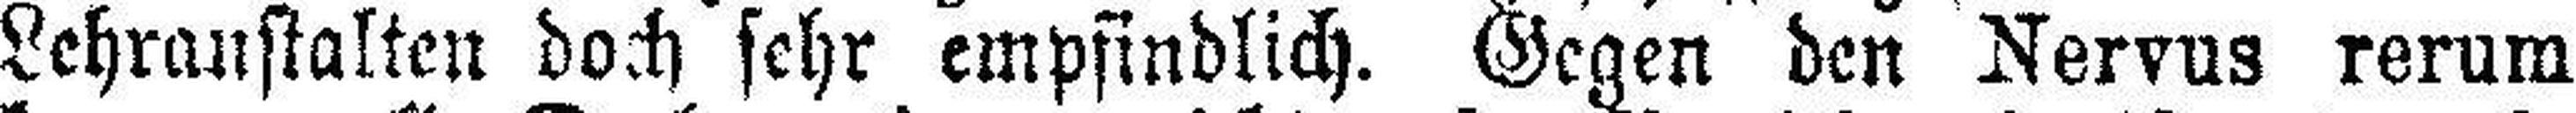
Lehranstalten doch sehr empfindlich. Gegen den Nervus rerum